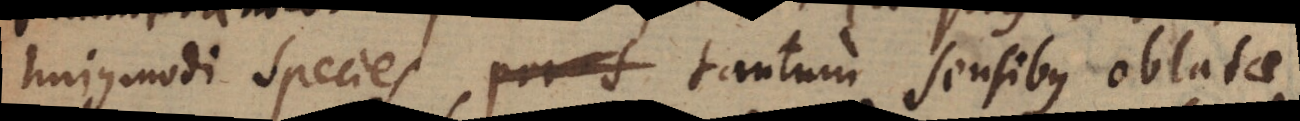
hujusmodi species tantum sensibus oblatae,